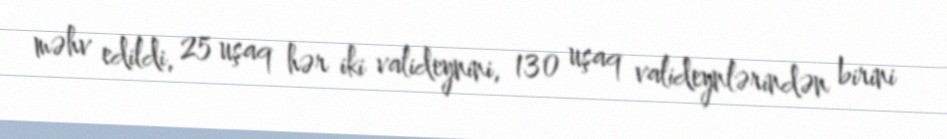
məhv edildi, 25 uşaq hər iki valideynini, 130 uşaq valideynlərindən birini